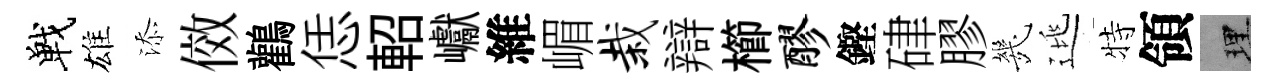
戰雄添傚鸛恁軺巘維嵋栽辯櫛醪鏗硉膠㡬逃特領理